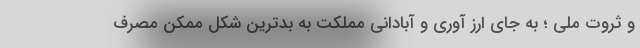
و ثروت ملی ؛ به جای ارز آوری و آبادانی مملکت به بدترین شکل ممکن مصرف